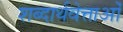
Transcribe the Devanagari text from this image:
शब्दार्थवेत्ताओं